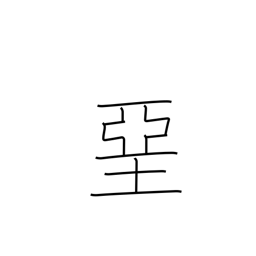
Meaning: whitewash